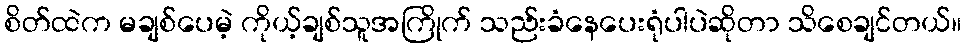
စိတ်ထဲက မချစ်ပေမဲ့ ကိုယ့်ချစ်သူအကြိုက် သည်းခံနေပေးရုံပါပဲဆိုတာ သိစေချင်တယ်။